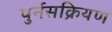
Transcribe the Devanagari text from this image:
पुर्नसक्रियण